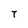
Character: 7